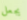
يجعل